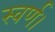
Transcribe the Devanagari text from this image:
स्वर्ण।